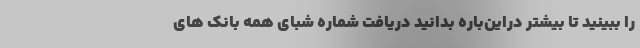
را ببینید تا بیشتر دراین‌باره بدانید دریافت شماره شبای همه بانک های